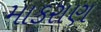
માકરાણ